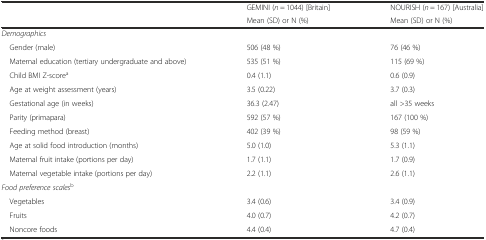
|  | GEMINI (n = 1044) [Britain] | NOURISH (n = 167) [Australia] |
 |  | Mean (SD) or N (%) | Mean (SD) or N (%) |
 | --- | --- | --- |
 | Demographics |  |  |
 | Gender (male) | 506 (48 %) | 76 (46 %) |
 | Maternal education (tertiary undergraduate and above) | 535 (51 %) | 115 (69 %) |
 | Child BMI Z-scorea | 0.4 (1.1) | 0.6 (0.9) |
 | Age at weight assessment (years) | 3.5 (0.22) | 3.7 (0.3) |
 | Gestational age (in weeks) | 36.3 (2.47) | all >35 weeks |
 | Parity (primapara) | 592 (57 %) | 167 (100 %) |
 | Feeding method (breast) | 402 (39 %) | 98 (59 %) |
 | Age at solid food introduction (months) | 5.0 (1.0) | 5.3 (1.1) |
 | Maternal fruit intake (portions per day) | 1.7 (1.1) | 1.7 (0.9) |
 | Maternal vegetable intake (portions per day) | 2.2 (1.1) | 2.6 (1.1) |
 | Food preference scalesb |  |  |
 | Vegetables | 3.4 (0.6) | 3.4 (0.9) |
 | Fruits | 4.0 (0.7) | 4.2 (0.7) |
 | Noncore foods | 4.4 (0.4) | 4.7 (0.4) |